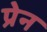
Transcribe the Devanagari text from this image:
प्रेन